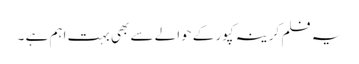
یہ فلم کرینہ کپور کے حوالے سے بھی بہت اہم ہے ۔